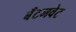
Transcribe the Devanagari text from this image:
बॅंटमवेट